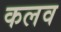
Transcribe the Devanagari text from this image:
कलव